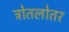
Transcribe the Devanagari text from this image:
त्रोतलोतर